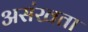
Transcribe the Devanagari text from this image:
असंखता